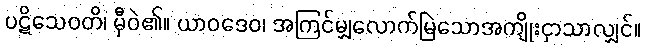
ပဋိသေဝတိ၊ မှီဝဲ၏။ ယာဝဒေဝ၊ အကြင်မျှလောက်မြဲသောအကျိုးငှာသာလျှင်။